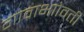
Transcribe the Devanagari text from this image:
गावाभाोवती